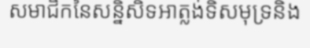
សមាជិកនៃសន្និសិទអាត្លង់ទិសមុទ្រនិង